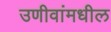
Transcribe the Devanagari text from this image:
उणीवांमधील